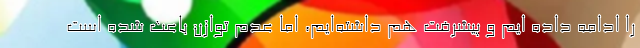
را ادامه داده ایم و پیشرفت هم داشته‌ایم، اما عدم توازن باعث شده است